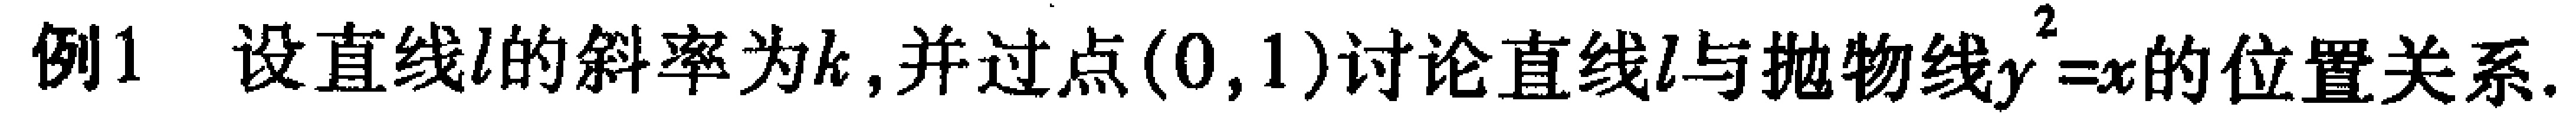
例1 设直线\(l\)的斜率为\(k\),并过点\((0,1)\)讨论直线\(l\)与抛物线\(y^{2}=x\)的位置关系.